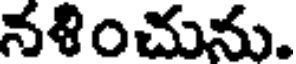
నళించును.